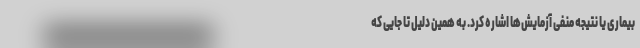
بیماری یا نتیجه منفی آزمایش‌ها اشاره كرد. به همین دلیل تا جایی که